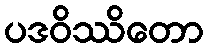
ပဒဝိဿိတော